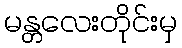
မန္တလေးတိုင်းမှ